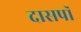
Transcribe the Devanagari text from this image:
दासपॉ